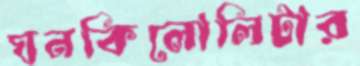
ঘনকিলোলিটার